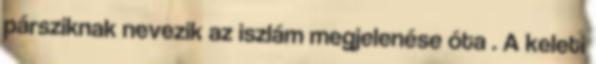
pársziknak nevezik az iszlám megjelenése óta . A keleti